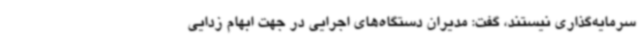
سرمایه‌گذاری نیستند، گفت: مدیران دستگاه‌های اجرایی در جهت ابهام زدایی